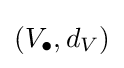
(V_{\bullet },d_{V})